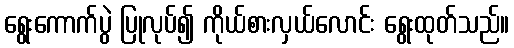
ရွေးကောက်ပွဲ ပြုလုပ်၍ ကိုယ်စားလှယ်လောင်း ရွေးထုတ်သည်။